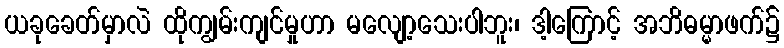
ယခုခေတ်မှာလဲ ထိုကျွမ်းကျင်မှုဟာ မလျော့သေးပါဘူး၊ ဒါ့ကြောင့် အဘိဓမ္မာဖက်၌